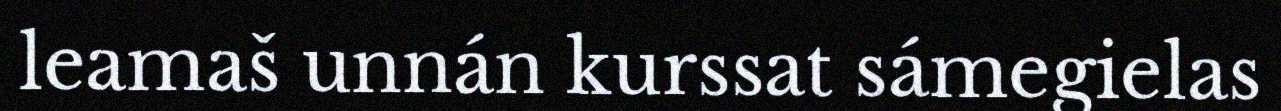
leamaš unnán kurssat sámegielas